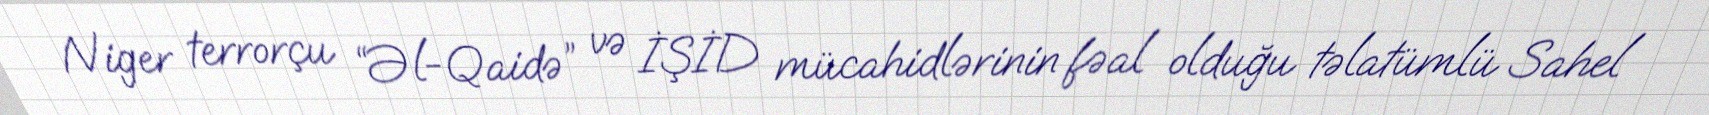
Niger terrorçu “Əl-Qaidə” və İŞİD mücahidlərinin fəal olduğu təlatümlü Sahel